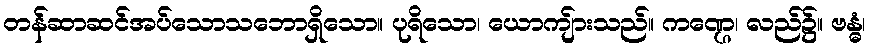
တန်ဆာဆင်အပ်သောသဘောရှိသော။ ပုရိသော၊ ယောကျ်ားသည်။ ကဏ္ဌေ၊ လည်၌။ ဗန္ဓံ၊